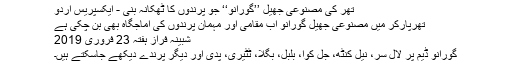
تھر کی مصنوعی جھیل ’’گورانو‘‘ جو پرندوں کا ٹھکانہ بنی - ایکسپریس اردو
تھرپارکر میں مصنوعی جھیل گورانو اب مقامی اور مہمان پرندوں کی آماجگاہ بھی بن چکی ہے
شبینہ فراز ہفتہ 23 فروری 2019
گورانو ڈیم پر لال سر، نیل کنٹھ، جل کوا، بلبل، بگلا، ٹٹیری، پدی اور دیگر پرندے دیکھے جاسکتے ہیں۔